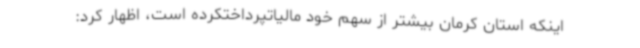
اینکه استان کرمان بیشتر از سهم خود مالیاتپرداختکرده است، اظهار کرد: